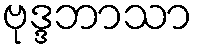
ဗုဒ္ဒဘာသာ